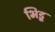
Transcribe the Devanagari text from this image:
भिडू